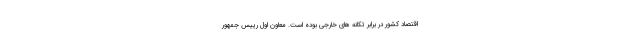
اقتصاد کشور در برابر تکانه های خارجی بوده است. معاون اول رییس جمهور